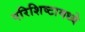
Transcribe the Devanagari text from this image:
परिशिष्टामध्ये